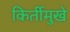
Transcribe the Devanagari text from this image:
किर्तीमुखे